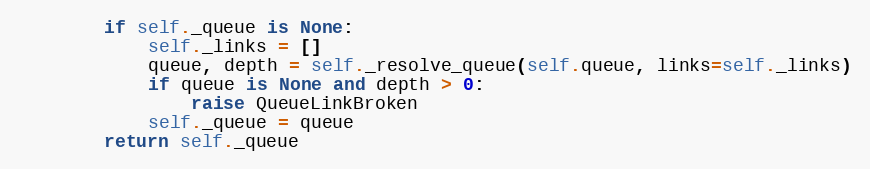
Language: Python
        if self._queue is None:
            self._links = []
            queue, depth = self._resolve_queue(self.queue, links=self._links)
            if queue is None and depth > 0:
                raise QueueLinkBroken
            self._queue = queue
        return self._queue